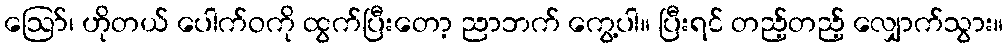
ဪ၊ ဟိုတယ် ပေါက်ဝကို ထွက်ပြီးတော့ ညာဘက် ကွေ့ပါ။ ပြီးရင် တည့်တည့် လျှောက်သွား။